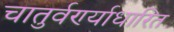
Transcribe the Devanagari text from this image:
चातुर्वर्ण्याधारित